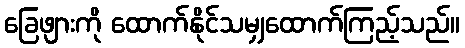
ခြေဖျားကို ထောက်နိုင်သမျှထောက်ကြည့်သည်။